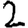
Digit: 2